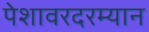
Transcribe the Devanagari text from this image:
पेशावरदरम्यान